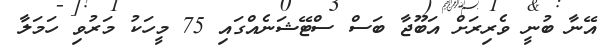
އޭނާ ބުނީ ވެރިރަށް އަބޫޖާ ބަސް ސްޓޭޝަނެއްގައި 75 މީހަކު މަރުވި ހަމަލާ